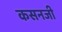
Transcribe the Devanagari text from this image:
कसनजी